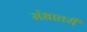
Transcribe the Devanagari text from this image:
मंधातरी